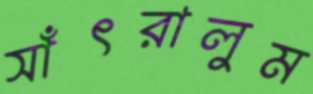
সাঁৎরালুম